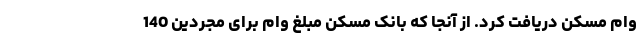
وام مسکن دریافت کرد. از آنجا که بانک مسکن مبلغ وام برای مجردین 140